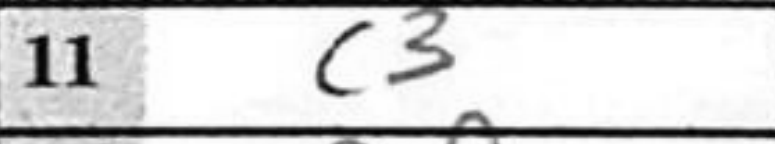
Transcription: c3